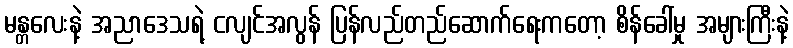
မန္တလေးနဲ့ အညာဒေသရဲ့ ငလျင်အလွန် ပြန်လည်တည်ဆောက်ရေးကတော့ စိန်ခေါ်မှု အများကြီးနဲ့